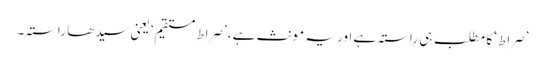
’صراط‘ کا مطلب ہی راستہ ہے اور یہ مونث ہے، ’صراطِ مستقیم‘ یعنی سیدھا راستہ۔